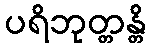
ပရိဘုတ္တန္တိ